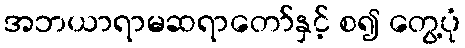
အဘယာရာမဆရာတော်နှင့် စ၍ တွေ့ပုံ